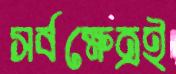
সর্বক্ষেত্রই